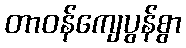
တာဝန်ကျေပွန်စွာ